Indian journal of veterinary science and animal husbandry - Volume 14,
Year: 1944
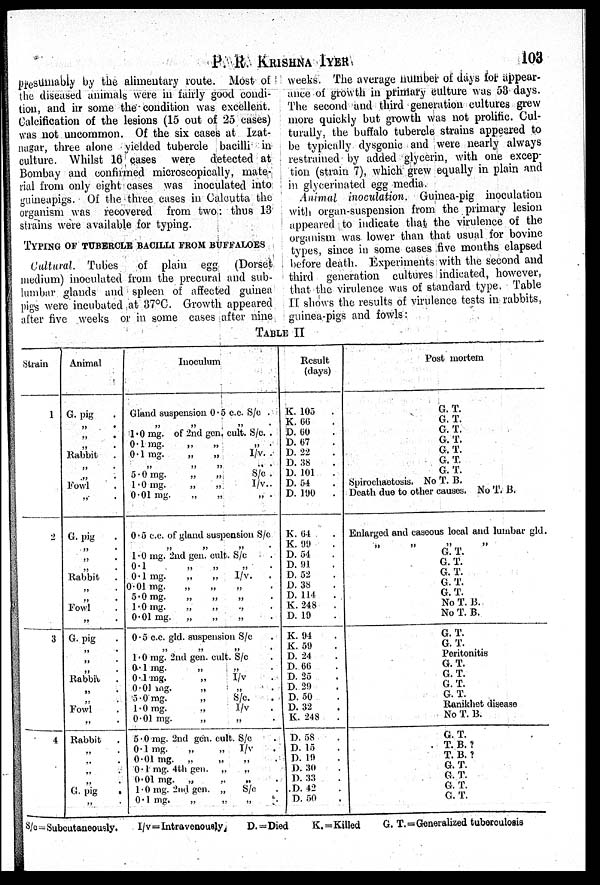
P. R KRISHNA IYER 103
presumably by the alimentary route. Most of
the diseased animals were in fairly good condi-
tion, and in some the condition was excellent.
Calcification of the lesions (15 out of 25 cases)
was not uncommon. Of the six cases at Izat-
nagar, three alone yielded tubercle bacilli in
culture. Whilst 16 cases were detected at
Bombay and confirmed microscopically, mate-
rial from only eight cases was inoculated into
guineapigs. Of the three cases in Calcutta the
organism was recovered from two: thus 13
strains were available for typing.
TYPING OF TUBERCLE BACILLI FROM BUFFALOES
Cultural. Tubes
of plain egg (Dorset
medium) inoculated from the precural and sub-
lumbar glands and spleen of affected guinea
pigs were incubated at 37°C. Growth appeared
after five weeks or in some cases after nine
weeks. The average number of days for appear-
ance of growth in primary culture was 53 days.
The second and third generation cultures grew
more quickly but growth was not prolific. Cul-
turally, the buffalo tubercle strains appeared to
be typically dysgonic and were nearly always
restrained by added glycerin, with one excep-
tion (strain 7), which grew equally in plain and
in glycerinated egg media.
Animal inoculation. Guinea-pig inoculation
with organ-suspension from the primary lesion
appeared to indicate that the virulence of the
organism was lower than that usual for bovine
types, since in some cases five months elapsed
before death. Experiments with the second and
third generation cultures indicated, however,
that the virulence was of standard type. Table
II. shows the results of virulence tests in rabbits,
guinea-pigs and fowls:
TABLE II
Strain
1
2
3
4
Animal
G. pig .
„ .
„ .
„ .
Rabbit .
„ .
„ .
Fowl
„ .
G. pig
„ .
„ .
„ .
Rabbit
„ .
„ .
Fowl
„ .
G. pig
„ .
„ .
Rabbit .
„ .
Fowl
„ .
Rabbit
„ .
„ .
„ .
„ .
G. pig .
„ .
Inoculum
Gland suspension 0„5 c.c. S/c .
„ „ „ .
1.0 mg. of 2nd gon. cult. S/c. .
0.1 mg.
„
„
„ .
0.1 mg.
„
„
I/v. .
„ „ „ . . .
5.0 mg.
„
„
S/c .
1.0 mg.
„
„
I/v..
0.01 mg.
„
„
„ .
0.5 c.c. of gland suspension S/c
„ „ „ .
1.0 mg. 2nd gen. cult. S/c .
0.1 „ „ „ .
0.1 mg.
„
„
I/v. .
0.01 mg. „ „ „ .
5.0 mg.
„
„
„ .
1.0 mg.
„
„ „ .
0.01 mg. „
„
„ .
0.5 c.c. gld. suspension S/c .
„ „ „ .
1.0 mg. 2nd gen. cult. S/c .
0.1 mg. „ „ .
0.1 mg.
„
I/v .
0.01
mg.
„ „ .
5.0 mg.
„
S/c. .
1.0 mg.
„
I/v .
0.01 mg. „ „ .
5.0 mg. 2nd gen. cult. S/c .
0.1 mg.
„
„ I/v .
0.01 mg. „
„ „ .
0.1 mg. 4th gen. „
„
0.01 mg. „ „ „ .
1.0 mg. 2nd gen. „
S/c .
0.1 mg.
„
„
„ .
Result
(days)
K. 105 .
K. 66 .
D. 60 .
D. 67 .
D. 22 .
D. 38 .
D. 101 .
D. 54 .
D. 190 .
K. 64 .
K. 99 .
D. 54 .
D. 91 .
D. 52 .
D. 38 .
D. 114
.
K. 248
.
D. 19 .
K. 94 .
K. 59 .
D. 24 .
D. 66 .
D. 25 .
D. 29 .
D. 50 .
D. 32 .
K. 248
.
D. 58 .
D. 15 .
D. 19 .
D. 30 .
D. 33 .
D. 42 .
D. 50 .
Post mortem
G. T.
G. T.
G. T.
G. T.
G. T.
G. T.
G. T.
Spirochaetosis. No T. B.
Death due to other causes. No T. B.
Enlarged and caseous local and lumbar gld.
„ „ „ „
G. T.
G. T.
G. T.
G. T.
G. T.
No T. B.
No T. B.
G. T.
G. T.
Peritonitis
G. T.
G. T.
G. T.
G. T.
Ranikhet disease
No T. B.
G. T.
T. B. ?
T. B. ?
G. T.
G. T.
G. T.
G. T.
S/c = Subcutaneously.
I/v = Intravenously
D. = Died
K. = Killed
G. T. = Generalized tuberculosis